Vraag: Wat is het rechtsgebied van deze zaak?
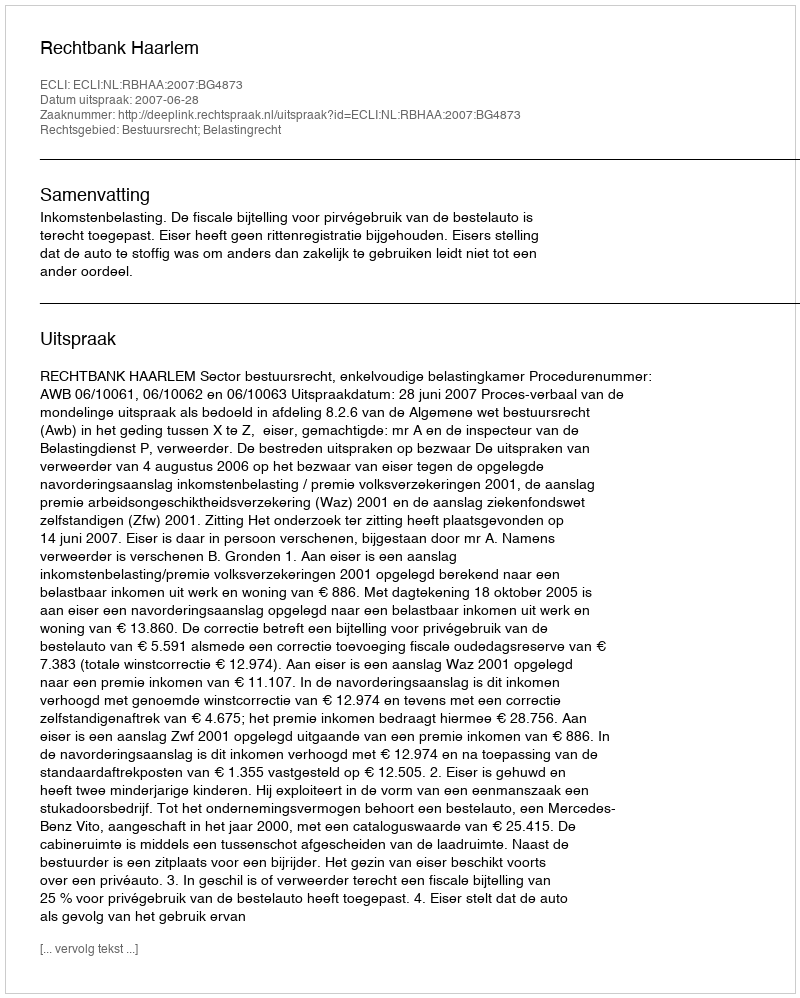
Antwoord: Bestuursrecht; Belastingrecht